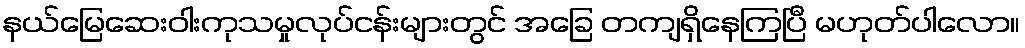
နယ်မြေဆေးဝါးကုသမှုလုပ်ငန်းများတွင် အခြေ တကျရှိနေကြပြီ မဟုတ်ပါလော။